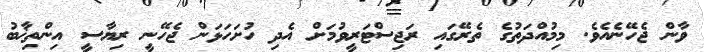
ވާން ޖެހޭނެއެވެ. މިމުއްދަތުގެ ތެރޭގައި ރަޖިސްޓަރީވުމަށް އެދި ހުށަހަޅަން ޖެހޭނީ ރިޔާސީ އިންތިޚާބު